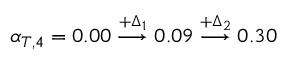
\alpha _ { T , 4 } = 0 . 0 0 \overset { + \Delta _ { 1 } } { \longrightarrow } 0 . 0 9 \overset { + \Delta _ { 2 } } { \longrightarrow } 0 . 3 0